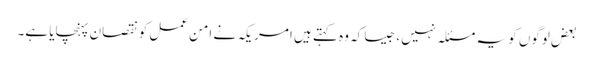
بعض لوگوں کو یہ مسئلہ نہیں، جیسا کہ وہ کہتے ہیں امریکہ نے امن عمل کو نقصان پہنچایا ہے۔